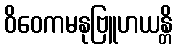
ဝိဝေကမနုဗြူဟယန္တိ